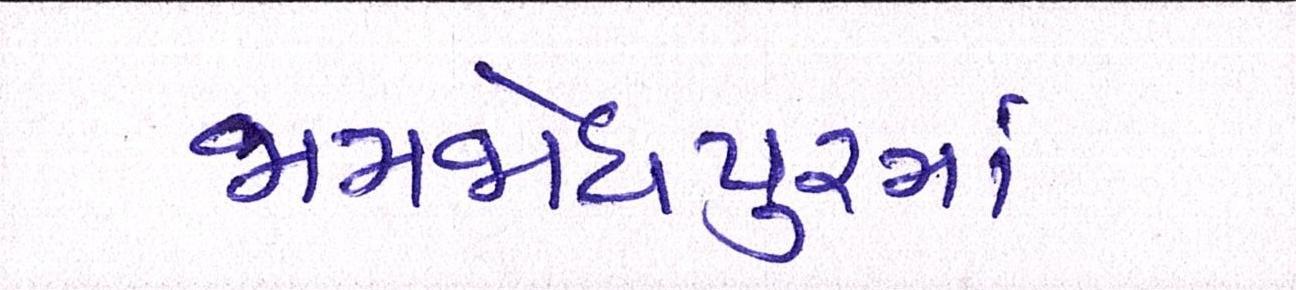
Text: જામજોધપુરમાં